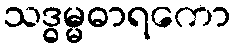
သဒ္ဓမ္မဓာရကော